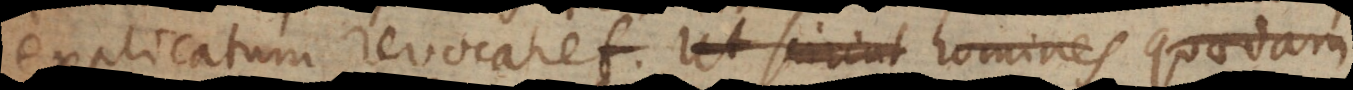
explicatum revocaret. Ut sciunt homines quaedam